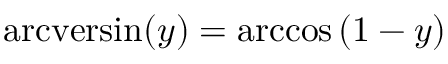
\operatorname { a r c v e r s i n } ( y ) = \operatorname { a r c c o s } \left( 1 - y \right)